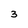
Character: 3